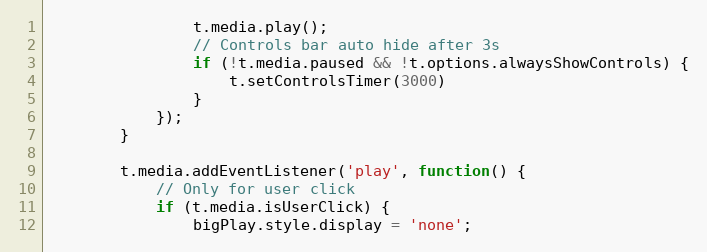
Language: JavaScript
				t.media.play();
				// Controls bar auto hide after 3s
				if (!t.media.paused && !t.options.alwaysShowControls) {
					t.setControlsTimer(3000)
				}
			});
		}

		t.media.addEventListener('play', function() {
			// Only for user click
			if (t.media.isUserClick) {
				bigPlay.style.display = 'none';